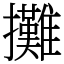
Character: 攤